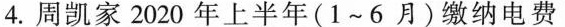
4.周凯家2020年上半年(1~6月)缴纳电费